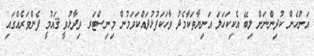
އަންހެން ކުދިންނަށް ލިބޭ އެކިކަހަލަ އަނިޔާތަކާމެދު ވާހަކަފުޅުދައްކަވަމުން މިނިސްޓަރ ވިދާޅުވީ ޤައުމީ ފެންވަރެއްގައި